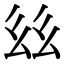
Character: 𢆾